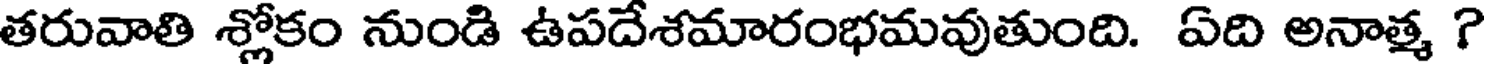
తరువాతి శ్లోకం నుండి ఉపదేశమారంభమవుతుంది. ఏది అనాత్మ ?